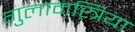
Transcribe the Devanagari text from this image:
गुलामस्त्रिया